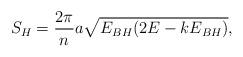
LaTeX: \begin{align*}S_H={{2\pi}\over n}a\sqrt{E_{BH}(2E-kE_{BH})},\end{align*}